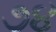
૭૪